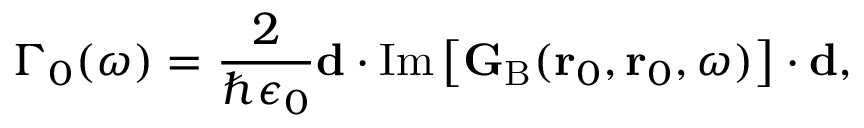
\Gamma _ { 0 } ( \omega ) = \frac { 2 } { \hbar \epsilon _ { 0 } } \mathbf { d } \cdot \mathrm { I m } \left[ { \mathbf { G } _ { \mathrm { B } } } ( \mathbf { r } _ { 0 } , \mathbf { r } _ { 0 } , \omega ) \right] \cdot \mathbf { d } ,